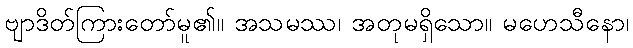
ဗျာဒိတ်ကြားတော်မူ၏။ အသမဿ၊ အတုမရှိသော။ မဟေသီနော၊